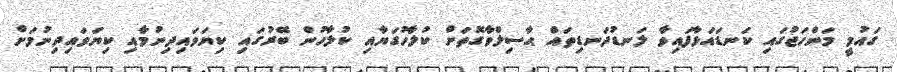
ގައުމީ މަންހަޖުގައި ކަނޑައަޅާފައިވާ ލަނޑުދަނޑިތައް ޙާސިލްވާގޮތަށް ކުލާހުގަޔާއި ކުލާހުން ބޭރުގައި ކިޔަވައިދިނުމާއި ކިޔަވައިދިނުމަށް